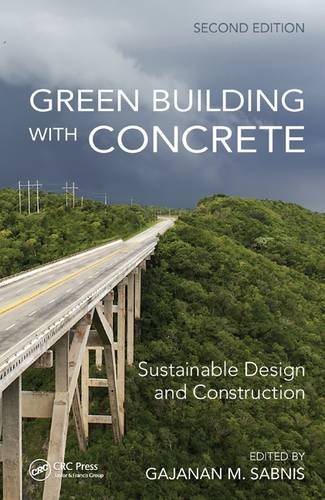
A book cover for Green Building with Concrete: Sustainable Design and Construction, Second Edition; Crafts, Hobbies & Home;